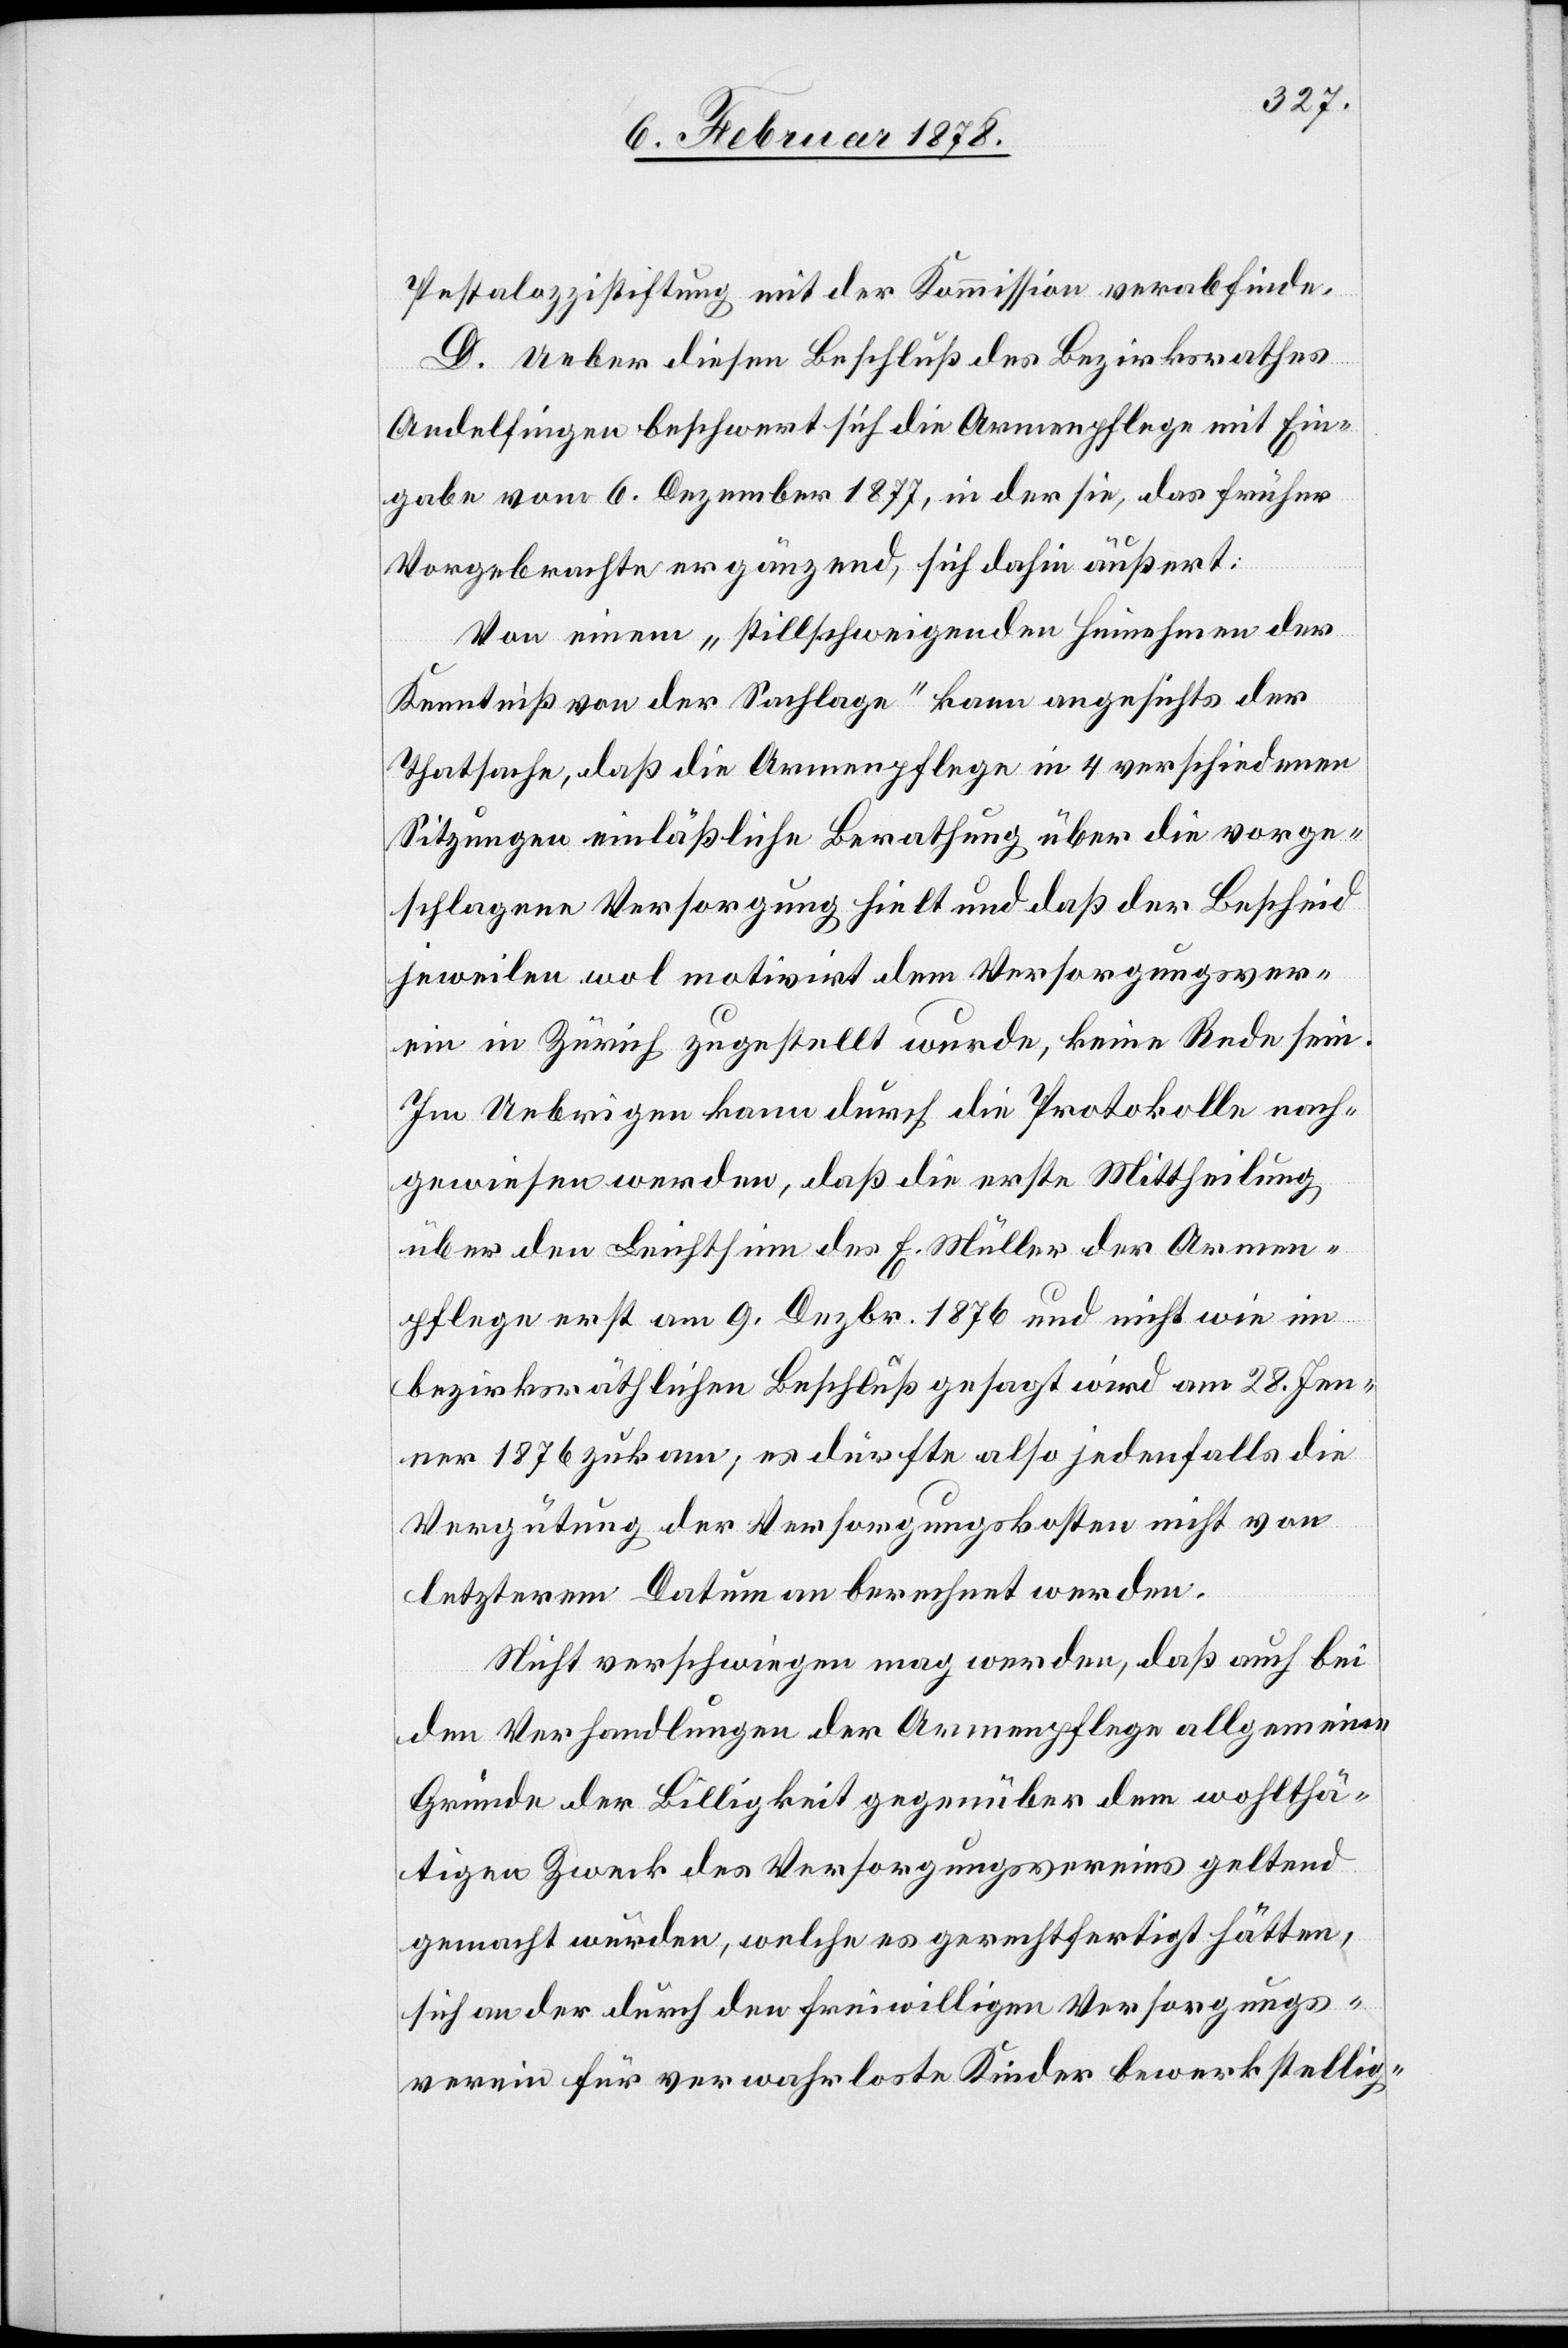
Pestalozzistiftung mit der Kommission verabfinde.
D. Ueber diesen Beschluß des Bezirksrathes
Andelfingen beschwert sich die Armenpflege mit Ein¬
gabe vom 6. Dezember 1877, in der sie, das früher
Vorgebrachte ergänzend, sich dahin äußert:
Von einem „stillschweigenden Hinnehmen der
Kenntniß von der Sachlage“ kann angesichts der
Thatsache, daß die Armenpflege in 4 verschiedenen
Sitzungen einläßliche Berathung über die vorge¬
schlagene Versorgung hielt und daß der Bescheid
jeweilen wol motivirt dem Versorgungsver¬
ein in Zürich zugestellt wurde, keine Rede sein.
Im Uebrigen kann durch die Protokolle nach¬
gewiesen werden, daß die erste Mittheilung
über den Leichtsinn des E. Müller der Armen¬
pflege erst am 9. Dezbr. 1876 und nicht wie im
bezirksräthlichen Beschluß gesagt wird am 28. Jen¬
ner 1876 zukam, es dürfte also jedenfalls die
Vergütung der Versorgungskosten nicht von
letzterem Datum an berechnet werden.
Nicht verschwiegen mag werden, daß auch bei
den Verhandlungen der Armenpflege allgemeine
Gründe der Billigkeit gegenüber dem wohlthä¬
tigen Zweck des Versorgungsvereins geltend
gemacht wurden, welche es gerechtfertigt hätten,
sich an der durch den freiwilligen Versorgungs¬
verein für verwahrloste Kinder bewerkstellig-